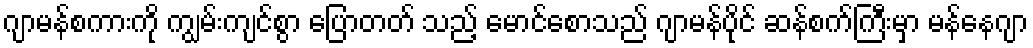
ဂျာမန်စကားကို ကျွမ်းကျင်စွာ ပြောတတ် သည့် မောင်စောသည် ဂျာမန်ပိုင် ဆန်စက်ကြီးမှာ မန်နေဂျာ